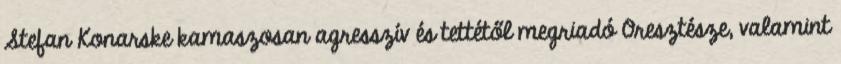
Stefan Konarske kamaszosan agresszív és tettétől megriadó Oresztésze, valamint